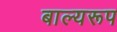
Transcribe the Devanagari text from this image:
बाल्यरूप